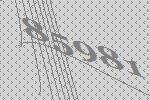
85981